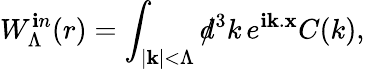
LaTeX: W_{\Lambda}^{\mathbf{i}n}(r)=\int_{|{\mathbf{k}}|<\Lambda}d\! \! \! /^{3}k\, e^{\mathbf{i}{\mathbf{k}}.{\mathbf{x}}}C(k),